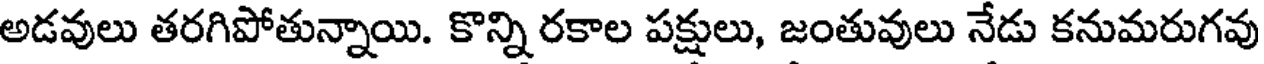
అడవులు తరగిపోతున్నాయి. కొన్ని రకాల పక్షులు, జంతువులు నేడు కనుమరుగవు